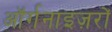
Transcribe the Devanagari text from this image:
ऑर्गनाइज़रों